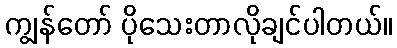
ကျွန်တော် ပိုသေးတာလိုချင်ပါတယ်။